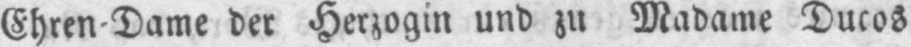
Ehren⸗Dame der Herzogin und zu Madame Ducos